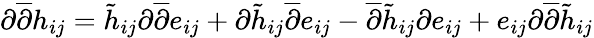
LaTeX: \begin{array}{r}{\partial\overline{{\partial}}h_{ij}=\tilde{h}_{ij}\partial\overline{{\partial}}e_{ij}+\partial\tilde{h}_{ij}\overline{{\partial}}e_{ij}-\overline{{\partial}}\tilde{h}_{ij}\partial e_{ij}+e_{ij}\partial\overline{{\partial}}\tilde{h}_{ij}}\end{array}